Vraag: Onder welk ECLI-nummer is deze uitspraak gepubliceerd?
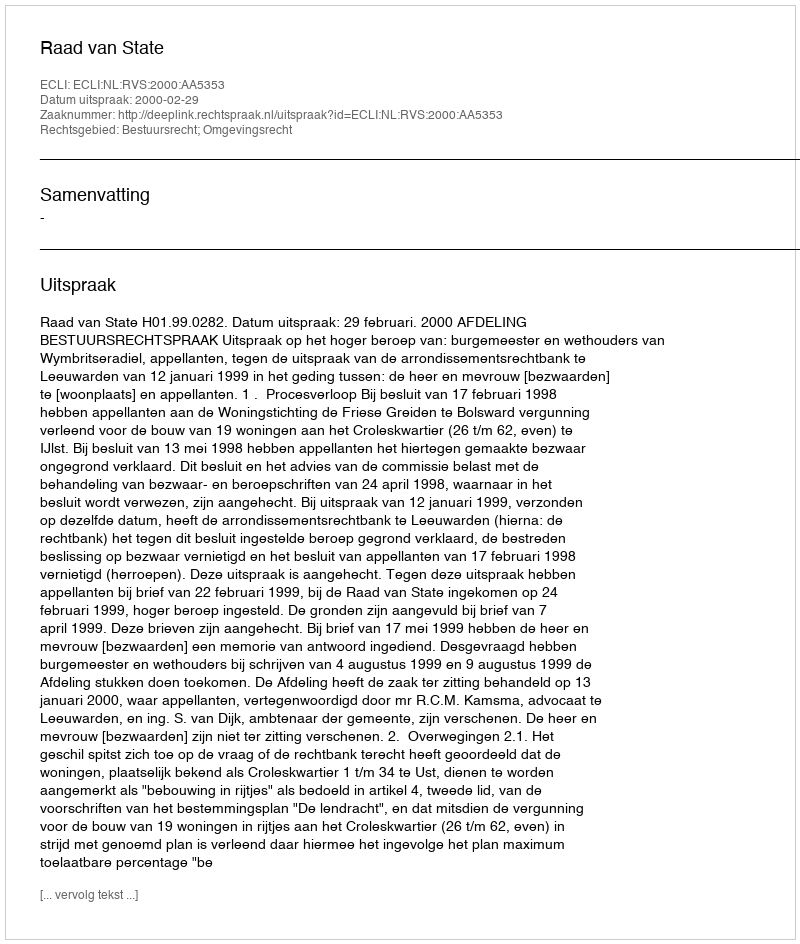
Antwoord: ECLI:NL:RVS:2000:AA5353